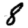
Digit: 8